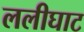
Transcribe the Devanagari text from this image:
ललीघाट